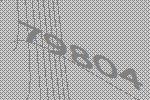
79804